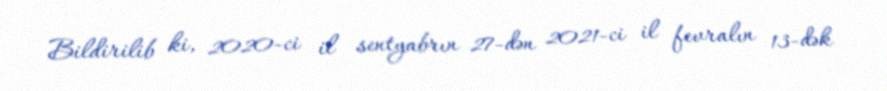
Bildirilib ki, 2020-ci il sentyabrın 27-dən 2021-ci il fevralın 13-dək